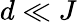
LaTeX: d\ll J